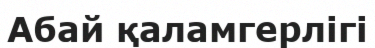
Абай қаламгерлігі